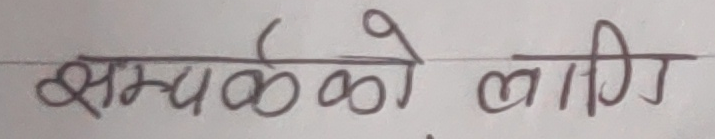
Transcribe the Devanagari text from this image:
सम्पर्कको लागि